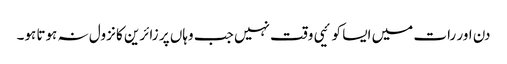
دن اور رات میں ایسا کوئیی وقت نہیں جب وہاں پر زائرین کا نزول نہ ہوتا ہو۔